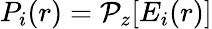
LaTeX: P_{i}(r)=\mathcal{P}_{z}{[E_{i}(r)]}